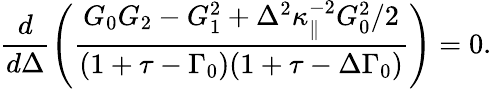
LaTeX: \frac{d}{d\Delta}\left(\frac{G_{0}G_{2}-G_{1}^{2}+\Delta^{2}\kappa_{\| }^{-2}G_{0}^{2}/2}{(1+\tau-\Gamma_{0})(1+\tau-\Delta\Gamma_{0})}\right)=0.